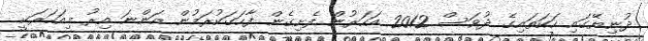
ދުނިޔޭގައި ހަކަތައިގެ ދުވަސް 2012 އަހަރުން ފެށިގެން ފާހަގަކުރަމުން އަންނަ އިރު މިއަހަރަކީ